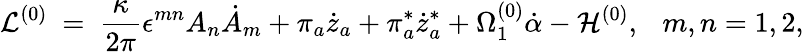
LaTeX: {\cal L}^{(0)}~=~\frac{\kappa}{2\pi}\epsilon^{mn}A_{n}\dot{A}_{m}+\pi_{a}\dot{z}_{a}+\pi_{a}^{*}\dot{z}_{a}^{*}+\Omega_{1}^{(0)}\dot{\alpha}-{\cal H}^{(0)},~~~m,n=1,2,